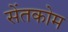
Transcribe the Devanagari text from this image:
सेंतकोम